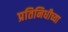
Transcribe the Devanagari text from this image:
प्रतिनिधीच्या